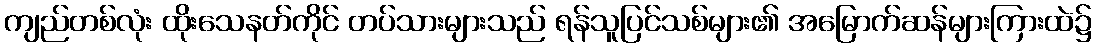
ကျည်တစ်လုံး ထိုးသေနတ်ကိုင် တပ်သားများသည် ရန်သူပြင်သစ်များ၏ အမြောက်ဆန်များကြားထဲ၌